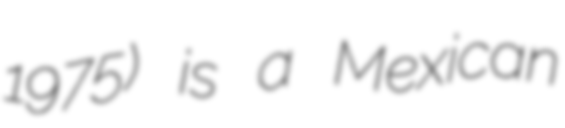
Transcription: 1975) is a Mexican